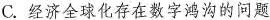
C.经济全球化存在数字鸿沟的问题